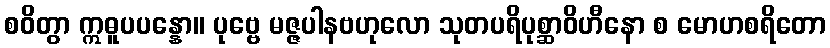
စဝိတွာ ဣဓူပပန္နော။ ပုဗ္ဗေ မဇ္ဇပါနဗဟုလော သုတပရိပုစ္ဆာဝိဟီနော စ မောဟစရိတော